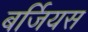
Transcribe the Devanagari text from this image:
बर्जियस